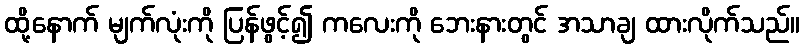
ထို့နောက် မျက်လုံးကို ပြန်ဖွင့်၍ ကလေးကို ဘေးနားတွင် အသာချ ထားလိုက်သည်။